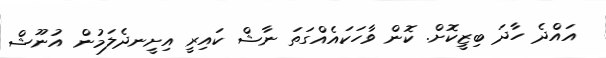
އައްދެ ހާދަ ބިޒީކޮށް. ކޮން ވާހަކައެއްގަތަ ނާޝް ކައިރީ އިށީނދެލަމުން އުނޫޝް